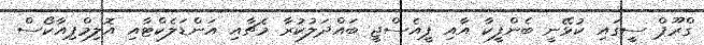
ގްރޫޕް ސީގައި ކުޅޭނީ ބެންފީކާ އާއި ޕީއެސްޖީ ބައްދަލުކުރާ މެޗާއި އަންޑަލެކްޓާއި އޮލިމްޕިއާކޯސް